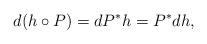
LaTeX: \begin{align*}d(h\circ P)=d P^*h=P^*d h,\end{align*}